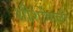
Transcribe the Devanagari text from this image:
शीशोंवाली